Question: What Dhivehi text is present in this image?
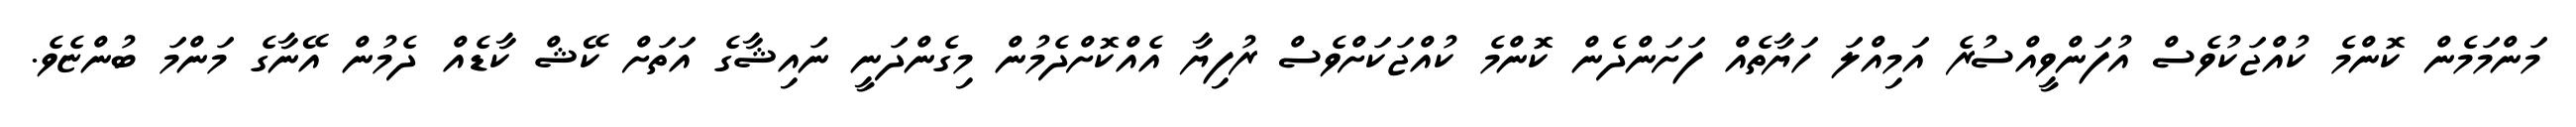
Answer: މަންމަމެން ކޮންމެ ކުއްޖަކުވެސް އުފަންވީއްސުރެ އަމިއްލަ ހަޔާތެއް ފަށަންދެން ކޮންމެ ކުއްޖަކަށްވެސް ރުފިޔާ އެއްކޮށްދެމުން މިގެންދަނީ ނައިޝާގެ އަތަށް ކޭޝް ކާޑެއް ދެމުން އޭނާގެ މަންމަ ބުންޏެވެ.